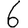
Digit: 6